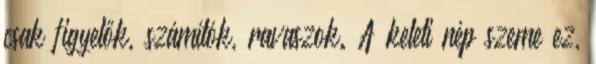
csak figyelők, számítók, ravaszok. A keleti nép szeme ez,